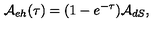
{ \cal A } _ { e h } ( \tau ) = ( 1 - e ^ { - \tau } ) { \cal A } _ { d S } ,